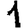
Digit: 1